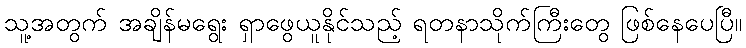
သူ့အတွက် အချိန်မရွေး ရှာဖွေယူနိုင်သည့် ရတနာသိုက်ကြီးတွေ ဖြစ်နေပေပြီ။